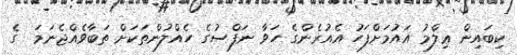
ކިބައިން ޢިލްމު އައުމަށްފަހު އެއުރެންގެ ހަވާ ނަފްސުގެ ހެއްލުންތަކަށް ތަބާވެއްޖެނަމަ  ގެ